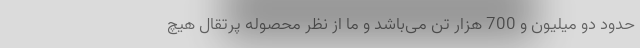
حدود دو میلیون و 700 هزار تن می‌باشد و ما از نظر محصوله پرتقال هیچ